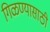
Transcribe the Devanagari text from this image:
गिळण्यासाठी